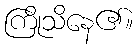
ကြိုသိနေ၏။